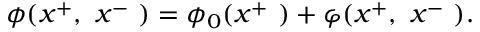
\phi ( x ^ { + } , ~ x ^ { - } ~ ) = \phi _ { 0 } ( x ^ { + } ~ ) + \varphi ( x ^ { + } , ~ x ^ { - } ~ ) .